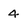
Character: 4